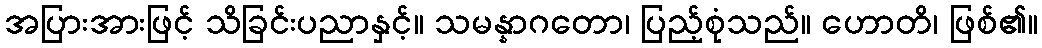
အပြားအားဖြင့် သိခြင်းပညာနှင့်။ သမန္နာဂတော၊ ပြည့်စုံသည်။ ဟောတိ၊ ဖြစ်၏။